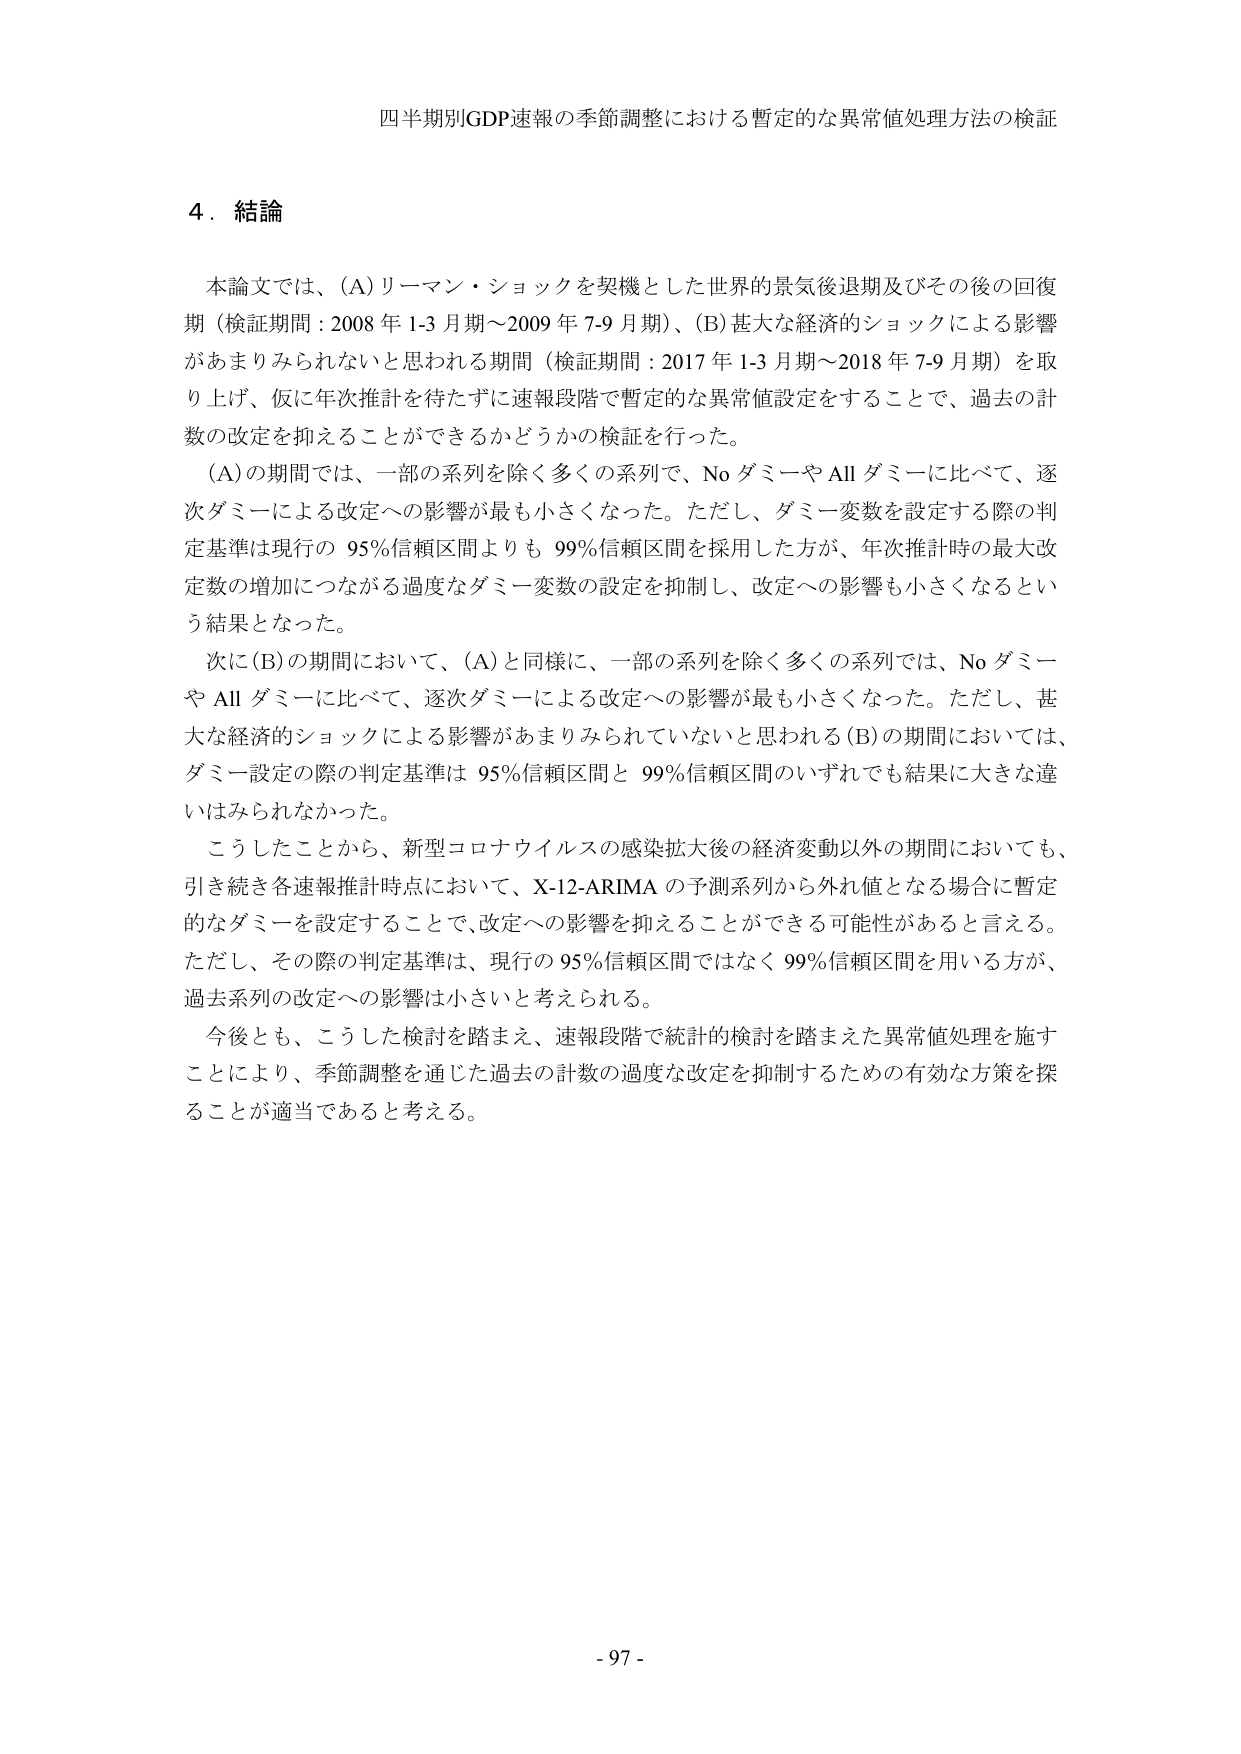
四半期別GDP速報の季節調整における暫定的な異常値処理方法の検証

4．結論

本論文では、(A)リーマン・ショックを契機とした世界の景気後退期及びその後の回復期（検証期間：2008年1-3月期～2009年7-9月期）、(B)甚大な経済的ショックによる影響があまりみられないと思われる期間（検証期間：2017年1-3月期～2018年7-9月期）を取り上げ、仮に年次推計を待たずに速報段階で暫定的な異常値設定をすることで、過去の計数の改定を抑えることができるかどうかの検証を行った。

(A)の期間では、一部の系列を除く多くの系列で、NoダミーやAllダミーに比べて、逐次ダミーによる改定への影響が最も小さくなった。ただし、ダミー変数を設定する際の判定基準は現行の95%信頼区間よりも99%信頼区間を採用した方が、年次推計時の最大改定数の増加につながる過度なダミー変数の設定を抑制し、改定への影響も小さくなるという結果となった。

次に(B)の期間において、(A)と同様に、一部の系列を除く多くの系列では、NoダミーやAllダミーに比べて、逐次ダミーによる改定への影響が最も小さくなった。ただし、甚大な経済的ショックによる影響があまりみられていないと思われる(B)の期間においては、ダミー設定の際の判定基準は95%信頼区間と99%信頼区間のいずれでも結果に大きな違いはみられなかった。

こうしたことから、新型コロナウイルスの感染拡大後の経済変動以外の期間においても、引き続き各速報推計時点において、X-12-ARIMAの予測系列から外れ値となる場合に暫定的なダミーを設定することで、改定への影響を抑えることができる可能性があると言える。ただし、その際の判定基準は、現行の95%信頼区間ではなく99%信頼区間を用いる方が、過去系列の改定への影響は小さいと考えられる。

今後とも、こうした検討を踏まえ、速報段階で統計的検討を踏まえた異常値処理を施すことにより、季節調整を通じた過去の計数の過度な改定を抑制するための有効な方策を探ることが適当であると考える。

- 97 -